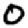
Digit: 0